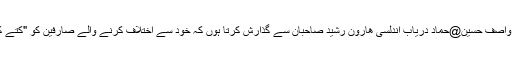
ویسے میں انتظامیہ سے اپنا احتجاج ریکارڈ کرواتے ہوئے واصف حسین@حماد دریاب اندلسی ھارون رشید صاحبان سے گذارش کرتا ہوں کہ خود سے اختلاف کرنے والے صارفین کو "کتے کے بھونکنے" سے محاورۃ تشبیح دینے کا نوٹس لیا جائے ۔